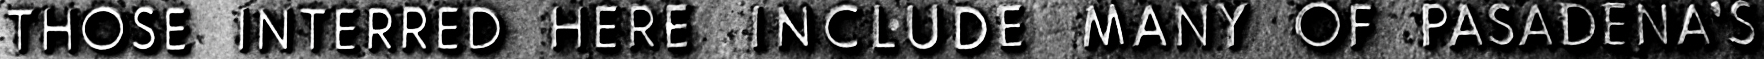
THOSE INTERRED HERE INCLUDE MANY OF PASADENA'S